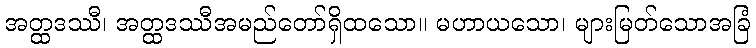
အတ္ထဒဿီ၊ အတ္ထဒဿီအမည်တော်ရှိထသော။ မဟာယသော၊ များမြတ်သောအခြံ